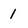
Character: 1